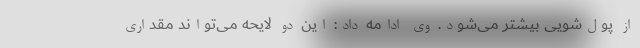
از پول‌شویی بیشتر می‌شود. وی ادامه داد: این دو لایحه می‌تواند مقداری